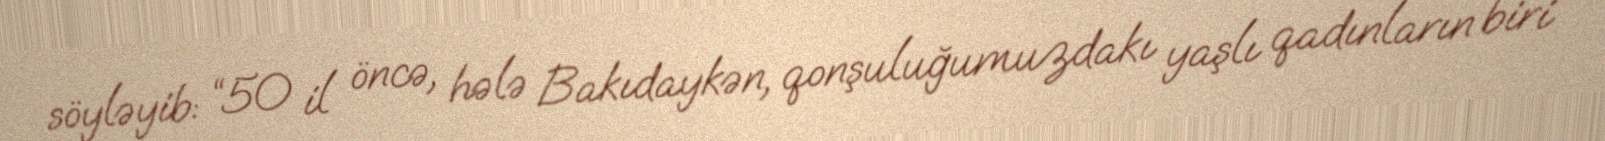
söyləyib: “50 il öncə, hələ Bakıdaykən, qonşuluğumuzdakı yaşlı qadınların biri